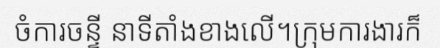
ចំការចន្ទី នាទីតាំងខាងលើ។ក្រុមការងារក៏